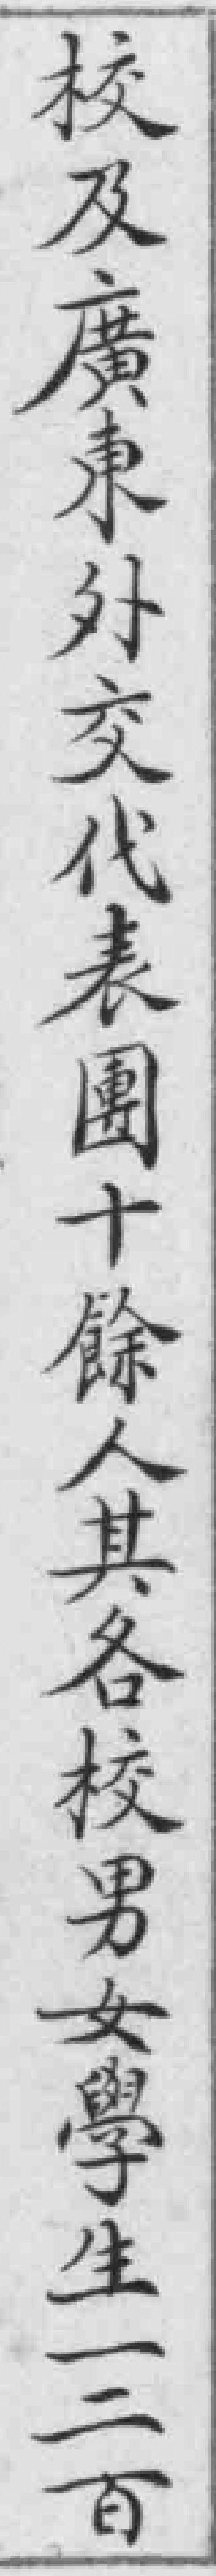
校及廣東外交代表團十餘人其各校男女學生一二百